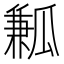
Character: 𤬓